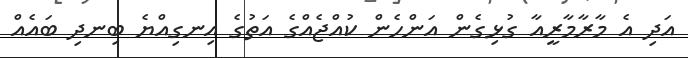
އަދި އެ މާރާމާރީއާ ގުޅިގެން އަންހެން ކުއްޖެއްގެ އަތުގެ އިނގިއްޔެ ބިނދި ބައެއް